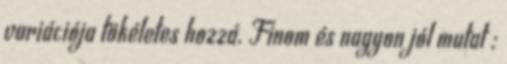
variációja tökéletes hozzá. Finom és nagyon jól mutat :